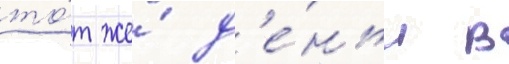
то́т же́ д'е́нь в